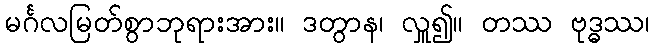
မင်္ဂလမြတ်စွာဘုရားအား။ ဒတွာန၊ လှူ၍။ တဿ ဗုဒ္ဓဿ၊